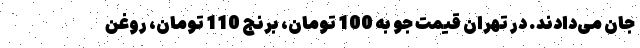
جان می‌دادند. در تهران قیمت جو به 100 تومان، برنج 110 تومان، روغن